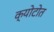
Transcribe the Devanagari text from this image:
क्योटोत